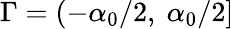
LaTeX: \Gamma=(-\alpha_{0}/2,\ \alpha_{0}/2]